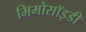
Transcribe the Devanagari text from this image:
मिमोसॉइडी